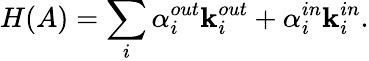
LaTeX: H(A)=\sum_{i}\alpha_{i}^{out}\mathbf{k}_{i}^{out}+\alpha_{i}^{in}\mathbf{k}_{i}^{in}.